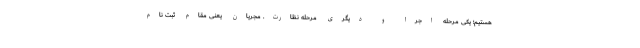
هستیم؛ یکی مرحله اجرا و دیگری مرحله نظارت. مجریان یعنی مقام ثبت نام